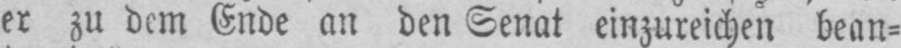
er zu dem Ende an den Senat einzureichen bean⸗